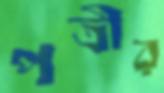
পত্রীর